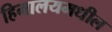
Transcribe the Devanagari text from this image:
हिमालयमधील